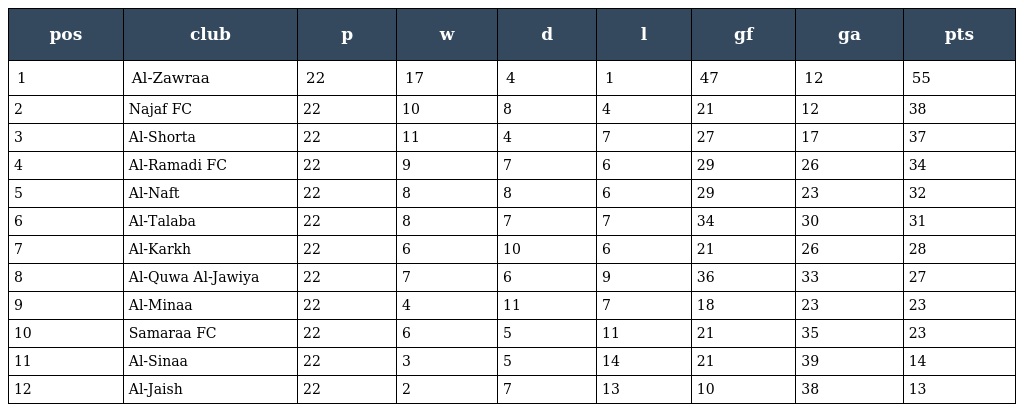
| pos | club | p | w | d | l | gf | ga | pts |
 | --- | --- | --- | --- | --- | --- | --- | --- | --- |
 | 1 | Al-Zawraa | 22 | 17 | 4 | 1 | 47 | 12 | 55 |
 | 2 | Najaf FC | 22 | 10 | 8 | 4 | 21 | 12 | 38 |
 | 3 | Al-Shorta | 22 | 11 | 4 | 7 | 27 | 17 | 37 |
 | 4 | Al-Ramadi FC | 22 | 9 | 7 | 6 | 29 | 26 | 34 |
 | 5 | Al-Naft | 22 | 8 | 8 | 6 | 29 | 23 | 32 |
 | 6 | Al-Talaba | 22 | 8 | 7 | 7 | 34 | 30 | 31 |
 | 7 | Al-Karkh | 22 | 6 | 10 | 6 | 21 | 26 | 28 |
 | 8 | Al-Quwa Al-Jawiya | 22 | 7 | 6 | 9 | 36 | 33 | 27 |
 | 9 | Al-Minaa | 22 | 4 | 11 | 7 | 18 | 23 | 23 |
 | 10 | Samaraa FC | 22 | 6 | 5 | 11 | 21 | 35 | 23 |
 | 11 | Al-Sinaa | 22 | 3 | 5 | 14 | 21 | 39 | 14 |
 | 12 | Al-Jaish | 22 | 2 | 7 | 13 | 10 | 38 | 13 |